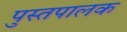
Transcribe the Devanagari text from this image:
पुस्तपालक